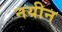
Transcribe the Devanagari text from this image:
नयीन